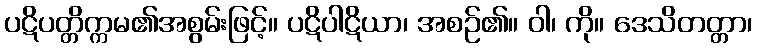
ပဋိပတ္တိက္ကမ၏အစွမ်းဖြင့်။ ပဋိပါဋိယာ၊ အစဉ်၏။ ဝါ၊ ကို။ ဒေသိတတ္တာ၊